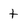
Character: t